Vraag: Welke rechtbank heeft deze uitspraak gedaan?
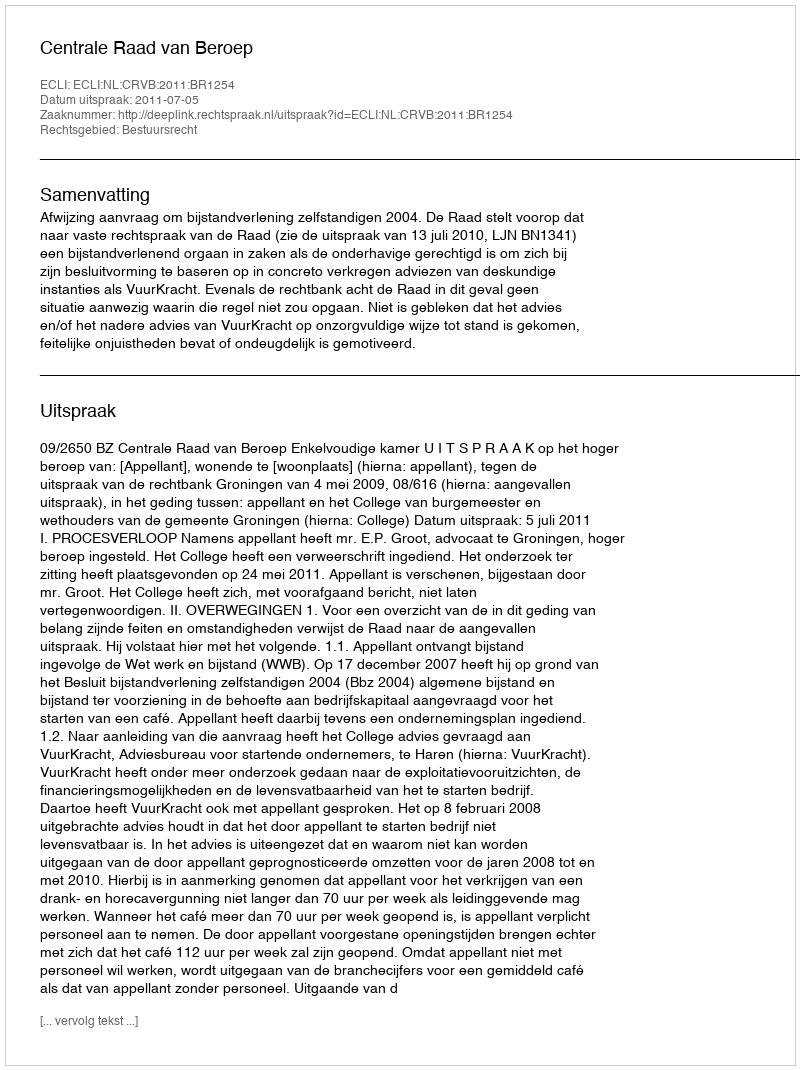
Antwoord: Centrale Raad van Beroep